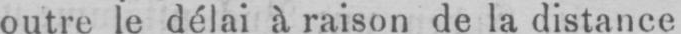
outre le délai à raison de la distance